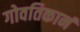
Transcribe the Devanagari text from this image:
गोवतिकानं